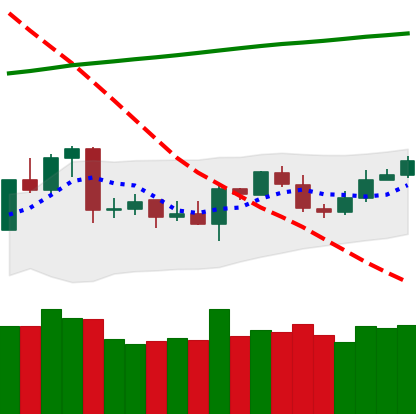
Ticker: ETC-USD
Chart end date: 2020-04-25
Forward return: 11.998%
Label: up_7plus